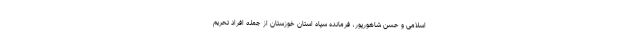
اسلامی و حسن شاهورپور، ‌فرمانده سپاه استان خوزستان از جمله افراد تحریم